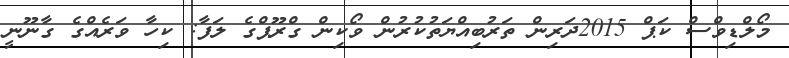
މޯލްޑިވްސް ކަޕް 2015ދަރިން ތަރުބިއްޔަތުކުރުން ވޯކިން ގްރޫޕްގެ ލަފާ: ކިހާ ވަރެއްގެ ގާނޫނީ